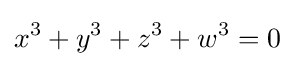
x^{3}+y^{3}+z^{3}+w^{3}=0